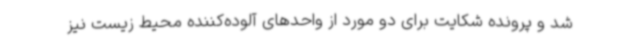
شد و پرونده شکایت برای دو مورد از واحدهای آلوده‌کننده محیط زیست نیز